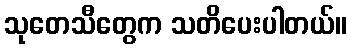
သုတေသီတွေက သတိပေးပါတယ်။